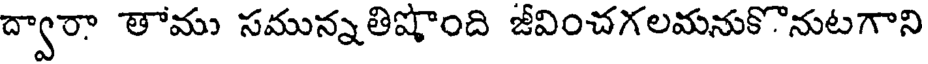
ద్వారా తాము సమున్నతిషొంది జీవించగలమనుకొనుటగాని